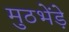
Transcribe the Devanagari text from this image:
मुठभेंड़े